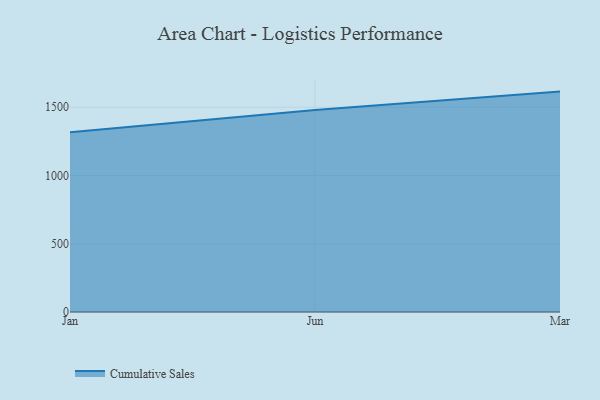
{"axis": {"x": "Month", "y": "Inventory Turnover"}, "legend": ["Cumulative Sales"], "data": [{"x": "Jan", "y": 1316.0, "type": "Cumulative Sales"}, {"x": "Jun", "y": 1480.1, "type": "Cumulative Sales"}, {"x": "Mar", "y": 1614.5, "type": "Cumulative Sales"}]}